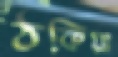
ঠকিয়া